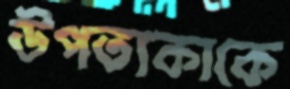
উপত্যকাকে